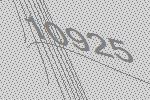
10925